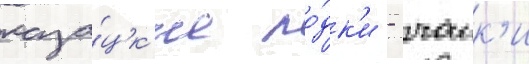
каза́цк'ие ло́дк'и - чаик'и